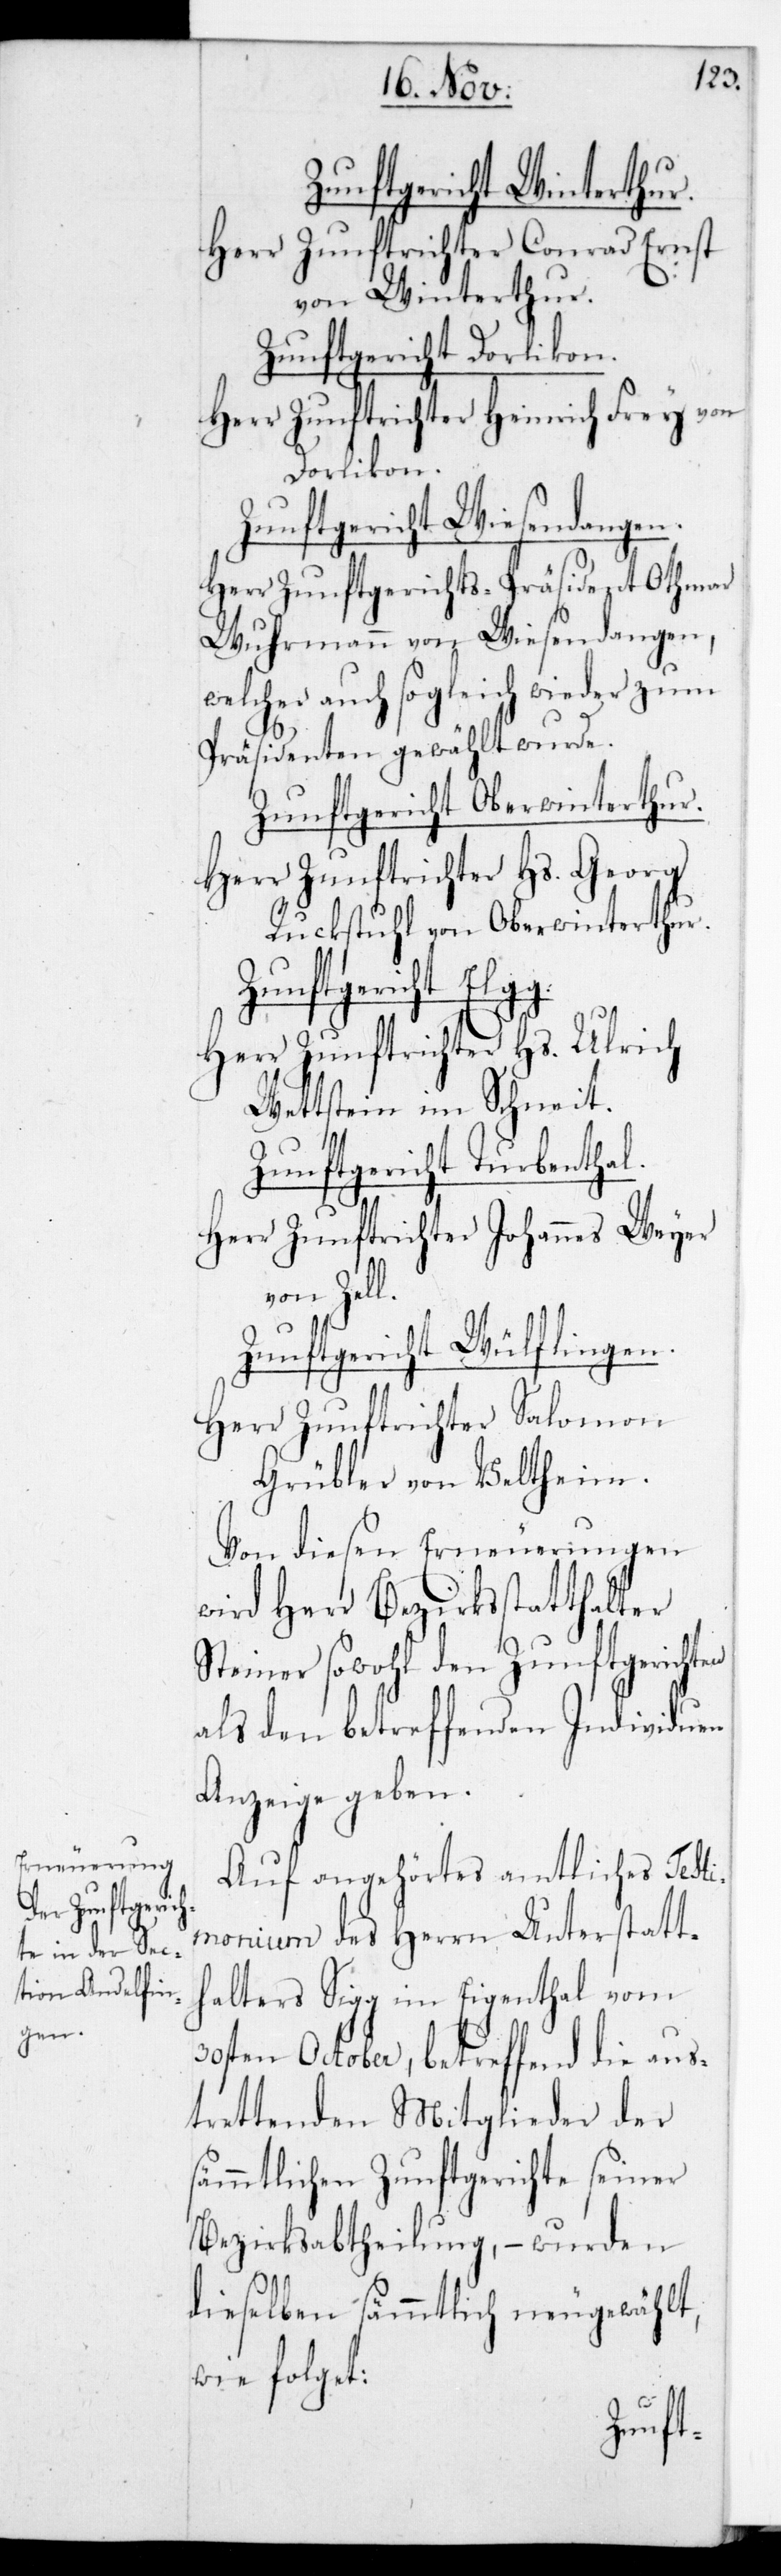
chten

Zunftgericht Winterthur.
Herr Zunftrichter Conrad Ernst
von Winterthur.
Zunftgericht Dorlikon.
Herr Zunftrichter Heinrich Frey von
Dorlikon.
Zunftgericht Wiesendangen.
Herr Zunftgerichts-Präsident Othmar
Wuhrmann von Wiesendangen,
welcher auch sogleich wieder zum
Präsidenten gewählt wurde.
Zunftgericht Oberwinterthur.
Herr Zunftrichter Hs. Georg
Ruckstuhl von Oberwinterthur.
Herr Zunftrichter Hs. Ulrich
Wettstein im Schneit.
Zunftgericht Turbent¬
Herr Zunftrichter Johannes Weyer
von Zell.
Zunftgericht Wülflingen.
Herr Zunftrichter Salomon
Grübler von Veltheim.
Von diesen Erneuerungen
wird Herr Bezirksstatthalter
Steiner sowohl den Zunftgeri¬
als den betreffenden Individuen
Anzeige geben.
Auf angehörtes amtliches Testi¬
monium des Herr Unterstatt¬
halters Sigg im Eigenthal vom
30sten October, betreffend die aus¬
trettenden Mitglieder der
sämmtlichen Zunftgerichte seiner
Bezirksabtheilung, – wurden
dieselben sämmtlich neugewählt,
wie folget: